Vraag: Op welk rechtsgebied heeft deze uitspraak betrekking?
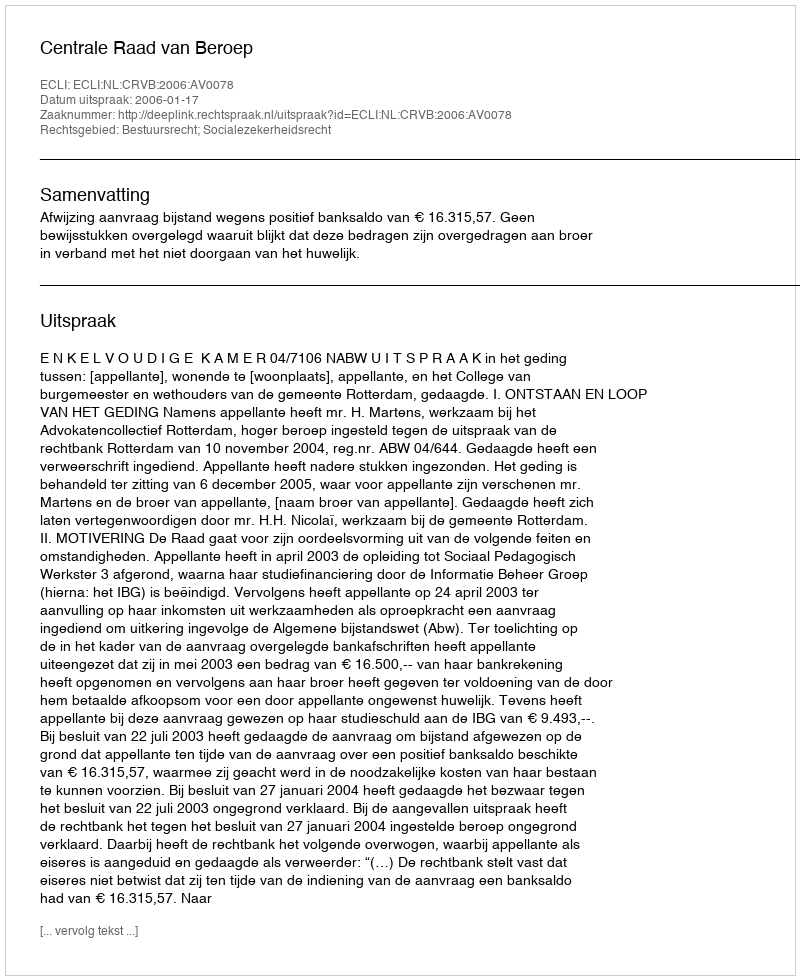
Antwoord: Bestuursrecht; Socialezekerheidsrecht